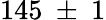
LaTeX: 145~\pm~1